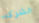
الشركه